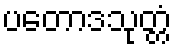
ပတောဒသုတ္တံ